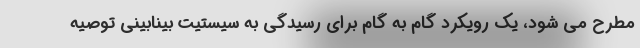
مطرح می شود، یک رویکرد گام به گام برای رسیدگی به سیستیت بینابینی توصیه